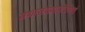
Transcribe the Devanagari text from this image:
यथासंख्यापरिमितं